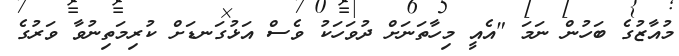
މުއާޒުގެ ބަހުން ނަމަ "އެއީ މިހާތަނަށް ދުވަހަކު ވެސް އަޅުގަނޑަށް ކުރިމަތިނުވާ ވަރުގެ